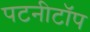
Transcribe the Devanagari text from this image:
पटनीटॉप